Code of medical and sanitary regulations for the guidance of medical officers serving in the Madras Presidency - Volume I
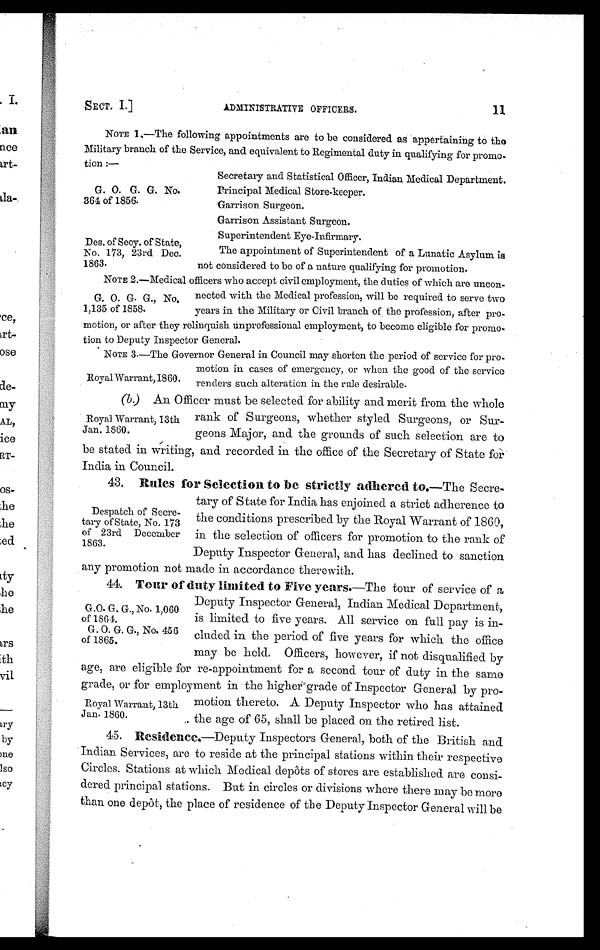
G. 0. G. G. No.
364 of 1856.
Des. of Secy. of State,
No. 173, 23rd Dec.
1863.
SECT. 1.]
ADMINISTRATIVE OFFICERS.
NOTE 1.—The following appointments are to be considered as appertaining to the
Military branch of the Service, and equivalent to Regimental duty in qualifying for promo-
tion :-
Secretary and Statistical Officer, Indian Medical Department.
Principal Medical Store-keeper.
Garrison Surgeon.
Garrison Assistant Surgeon.
Superintendent Eye-Infirmary.
The appointment of Superintendent of a Lunatic Asylum is
not considered to be of a nature qualifying for promotion.
NOTE 2 —Medical officers who accept civil employment, the duties of which are uncon-
nected with the Medical profession, will be required to serve two
years in the Military or Civil branch of the profession, after pro
–motion, or after they relinquish unprofessional employment, to become eligible for promo-
tion to Deputy Inspector General.
NOTE 3.—The Governor General in Council may shorten the period of service for pro-
motion in cases of emergency, or when the good of the service
renders such alteration in the rule desirable.
(b) An Officer must be selected for ability and merit from the whole
rank of Surgeons, whether styled Surgeons, or Sur-
geons Major, and the grounds of such selection are to
be stated in writing, and recorded in the office of the Secretary of State for
India in Council.
43. Rules for Selection to be strictly adhered to.—The Secre-
tary of State for India has enjoined a strict adherence to
the conditions prescribed by the Royal Warrant of 1860,
in the selection of officers for promotion to the rank of
Deputy Inspector General, and has declined to sanction
any promotion not made in accordance therewith.
44. Tour of duty limited to Five years.—The tour of service of a
Deputy Inspector General, Indian Medical Department,
is limited to five years. All service on full pay is in-
cluded in the period of five years for which the office
may be held. Officers, however, if not disqualified by
age, are eligible for re-appointment for a second tour of duty in the same
grade, or for employment in the higher grade of Inspector General by pro-
motion thereto. A Deputy Inspector who has attained
the age of 65, shall be placed on the retired list.
45. Residence.—Deputy Inspectors General, both of the British and
Indian Services, are to reside at the principal stations within their respective
Circles. Stations at which Medical depôts of stores are established are consi-
dered principal stations. But in circles or divisions where there may be more
than one depôt, the place of residence of the Deputy Inspector General will be
G. 0. G. G., No,
1.135 of 1858.
Royal Warrant, 1860
Royal warrant, 13th
Jan. 1860.
Despatch of Secre-
tary of State, No. 173
of 23rd December
1863.
G.O. G, G., No. 1,060
of 1864.
G. 0. G. G., No. 456
of 1865.
Royal Warrant, 13th
Jan. 1860.